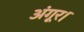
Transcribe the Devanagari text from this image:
अंगूर।